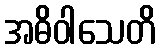
အဓိဝါသေတိ